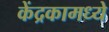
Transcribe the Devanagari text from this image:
केंद्रकामध्ये